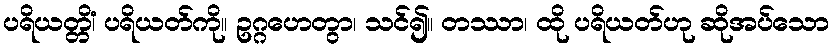
ပရိယတ္တိံ၊ ပရိယတ်ကို။ ဥဂ္ဂဟေတွာ၊ သင်၍။ တဿာ၊ ထို ပရိယတ်ဟု ဆိုအပ်သော